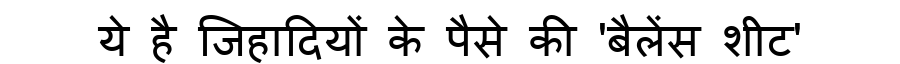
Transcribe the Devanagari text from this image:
ये है जिहादियों के पैसे की 'बैलेंस शीट'